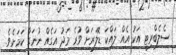
ސެލެބްރިޓީ އަކު އެއް ލައްކަ ޑޮލަރަށް ވުރެ މަދު އަގެއް ނުނަގާ ކަމަށެވެ.